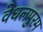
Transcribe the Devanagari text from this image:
वेधलपुरम